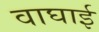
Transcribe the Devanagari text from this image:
वाघाई